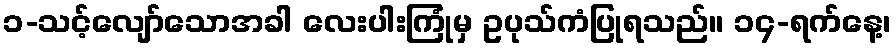
၁-သင့်လျော်သောအခါ လေးပါးကြုံမှ ဥပုသ်ကံပြုရသည်။ ၁၄-ရက်နေ့၊